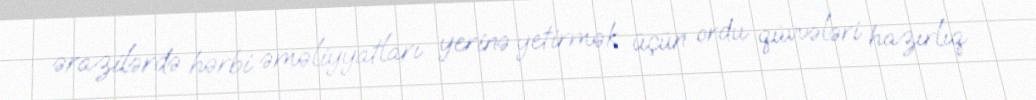
ərazilərdə hərbi əməliyyatları yerinə yetirmək üçün ordu qüvvələri hazırlıq